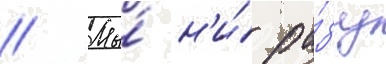
// Мы́ н'и́ ра́зу